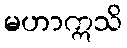
မဟာဣသိ